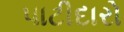
પાટીદારો